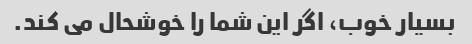
بسیار خوب، اگر این شما را خوشحال می کند.